Black-water fever - Number 35
Disease focus: Fever
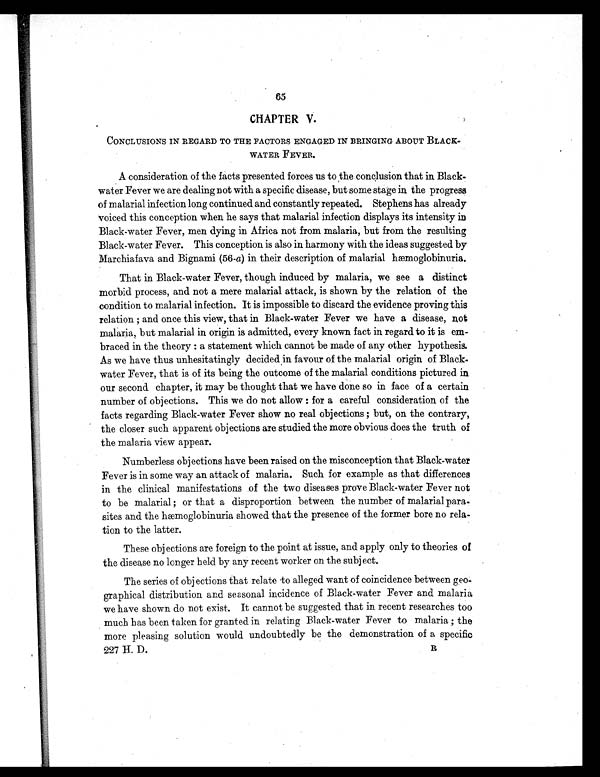
CHAPTER V.
CONCLUSIONS IN REGARD TO THE FACTORS ENGAGED IN BRINGING ABOUT BLACK-
WATER FEVER.
A consideration of the facts presented forces us to the conclusion that in Black-
water Fever we are dealing not with a specific disease, but some stage in the progress
of malarial infection long continued and constantly repeated. Stephens has already
voiced this conception when he says that malarial infection displays its intensity in
Black-water Fever, men dying in Africa not from malaria, but from the resulting
Black-water Fever. This conception is also in harmony with the ideas suggested by
Marchiafava and Bignami (56-a) in their description of malarial hæmoglobinuria.
That in Black-water Fever, though induced by malaria, we see a distinct
morbid process, and not a mere malarial attack, is shown by the relation of the
condition to malarial infection. It is impossible to discard the evidence proving this
relation ; and once this view, that in Black-water Fever we have a disease, not
malaria, but malarial in origin is admitted, every known fact in regard to it is em-
braced in the theory : a statement which cannot be made of any other hypothesis.
As we have thus unhesitatingly decided in favour of the malarial origin of Black-
water Fever, that is of its being the outcome of the malarial conditions pictured in
our second chapter, it may be thought that we have done so in face of a certain
number of objections. This we do not allow : for a careful consideration of the
facts regarding Black-water Fever show no real objections ; but, on the contrary,
the closer such apparent objections are studied the more obvious does the truth of
the malaria view appear.
Numberless objections have been raised on the misconception that Black-water
Fever is in some way an attack of malaria. Such for example as that differences
in the clinical manifestations of the two diseases prove Black-water Fever not
to be malarial ; or that a disproportion between the number of malarial para-
sites and the hæmoglobinuria showed that the presence of the former bore no rela-
tion to the latter.
These objections are foreign to the point at issue, and apply only to theories of
the disease no longer held by any recent worker on the subject.
The series of objections that relate to alleged want of coincidence between geo-
graphical distribution and seasonal incidence of Black-water Fever and malaria
we have shown do not exist. It cannot be suggested that in recent researches too
much has been taken for granted in relating Black-water Fever to malaria ; the
more pleasing solution would undoubtedly be the demonstration of a specific
227 H. D.
R